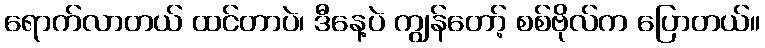
ရောက်လာတယ် ထင်တာပဲ၊ ဒီနေ့ပဲ ကျွန်တော့် စစ်ဗိုလ်က ပြောတယ်။